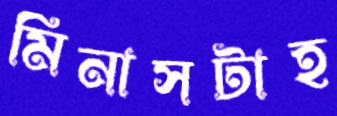
মিনাসটাহ